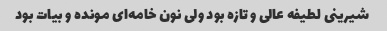
شیرینی لطیفه عالی و تازه بود ولی نون خامه‌ای مونده و بیات بود